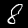
Digit: 8